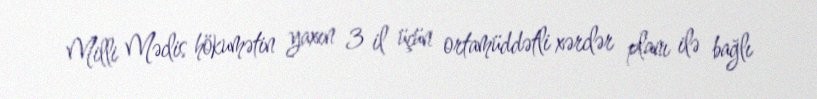
Milli Məclis hökumətin yaxın 3 il üçün ortamüddətli xərclər planı ilə bağlı